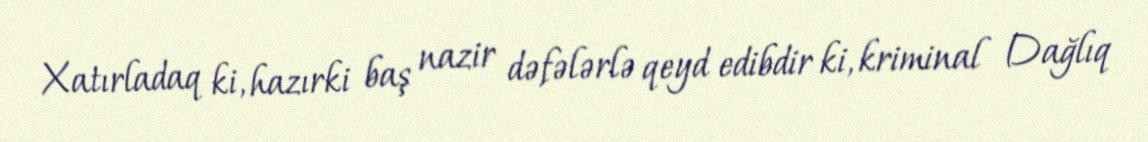
Xatırladaq ki, hazırki baş nazir dəfələrlə qeyd edibdir ki, kriminal Dağlıq